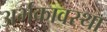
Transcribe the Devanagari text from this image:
अर्भकावस्था